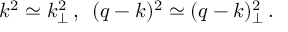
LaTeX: k ^ { 2 } \simeq k _ { \perp } ^ { 2 } \, , \, \, \, ( q - k ) ^ { 2 } \simeq ( q - k ) _ { \perp } ^ { 2 } \, .